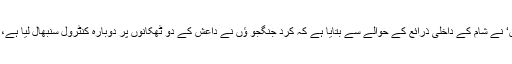
اس سے قبل، برطانیہ میں قائم ’سیریئن آبزرویٹری فور ہیومن رائٹس‘ نے شام کے داخلی ذرائع کے حوالے سے بتایا ہے کہ کرد جنگجو ؤں نے داعش کے دو ٹھکانوں پر دوبارہ کنٹرول سنبھال لیا ہے، جب کہ شدت پسندوں کو متعدد مقامات پر پسپائی پر مجبور کیا گیا۔